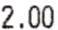
2.00